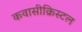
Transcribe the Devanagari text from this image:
कवासीक्रिस्टल